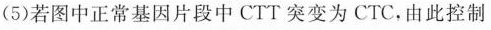
(5)若图中正常基因片段中CTT突变为CTC，由此控制